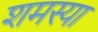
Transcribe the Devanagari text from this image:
शमस्या